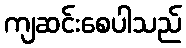
ကျဆင်းစေပါသည်